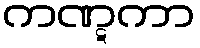
ကဏ္ဋကာ